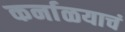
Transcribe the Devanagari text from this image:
कर्नाळयाचं